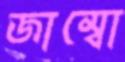
জাম্বো